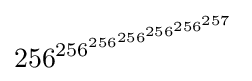
{\,\!256^{256^{256^{256^{256^{256^{257}}}}}}}